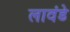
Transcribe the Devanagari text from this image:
लावंडे